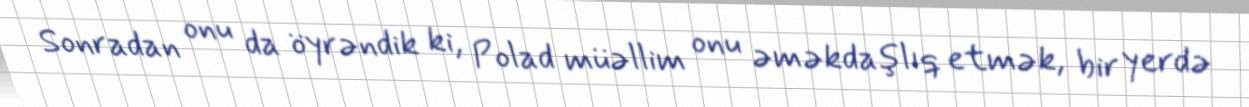
Sonradan onu da öyrəndik ki, Polad müəllim onu əməkdaşlıq etmək, bir yerdə